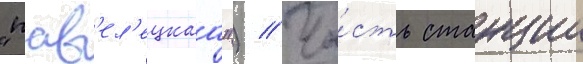
"пав'ел'ецкаа") // Ча́сть станции